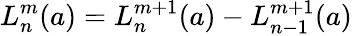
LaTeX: L_{n}^{m}(a)=L_{n}^{m+1}(a)-L_{n-1}^{m+1}(a)